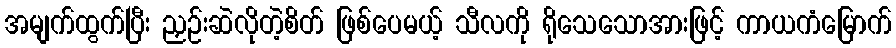
အမျက်ထွက်ပြီး ညှဉ်းဆဲလိုတဲ့စိတ် ဖြစ်ပေမယ့် သီလကို ရိုသေသောအားဖြင့် ကာယကံမြောက်